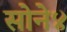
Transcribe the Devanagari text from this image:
सोने४